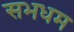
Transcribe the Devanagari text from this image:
सभधम